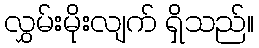
လွှမ်းမိုးလျက် ရှိသည်။